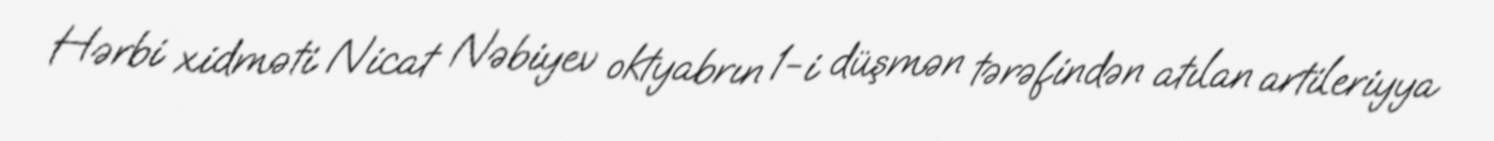
Hərbi xidməti Nicat Nəbiyev oktyabrın 1-i düşmən tərəfindən atılan artileriyya